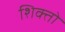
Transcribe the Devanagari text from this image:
शिक्तो